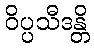
ဝိပ္ပသီဒန္တိ